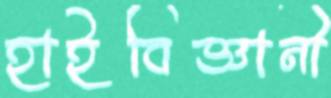
হাইবিজ্ঞানী